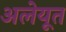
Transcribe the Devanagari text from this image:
अलेयूत